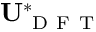
\mathbf { U } _ { \mathrm { ~ D ~ F ~ T ~ } } ^ { * }